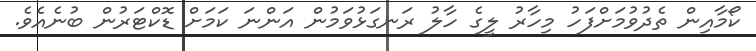
ކޯމާއިން ތެދުވުމަށްފަހު މިހާރު ލީގެ ހާލު ރަނގަޅުވަމުން އަންނަ ކަމަށް ޑޮކްޓަރުން ބުނެއެވެ.